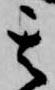
其